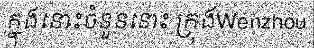
ក្នុងនោះចំនួននោះ ក្រុងWenzhou